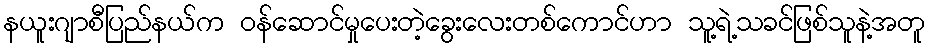
နယူးဂျာစီပြည်နယ်က ဝန်ဆောင်မှုပေးတဲ့ခွေးလေးတစ်ကောင်ဟာ သူ့ရဲ့သခင်ဖြစ်သူနဲ့အတူ